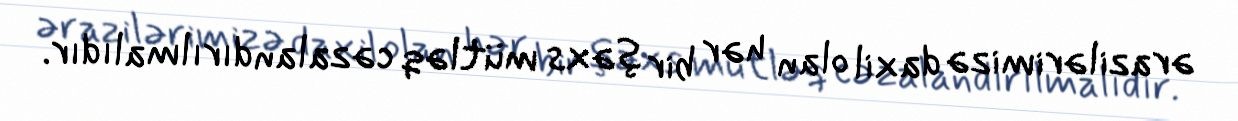
ərazilərimizə daxil olan hər bir şəxs mütləq cəzalandırılmalıdır.